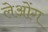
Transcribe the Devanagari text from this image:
लेओंग